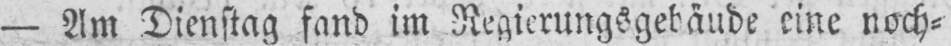
- Am Dienstag fand im Regierungsgebäude eine noch⸗